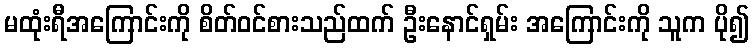
မထုံးရီအကြောင်းကို စိတ်ဝင်စားသည်ထက် ဦးနောင်ရှမ်း အကြောင်းကို သူက ပို၍